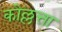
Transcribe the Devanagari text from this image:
कोल्लत्ता